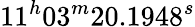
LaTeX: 11^{h}03^{m}20.1948^{s}